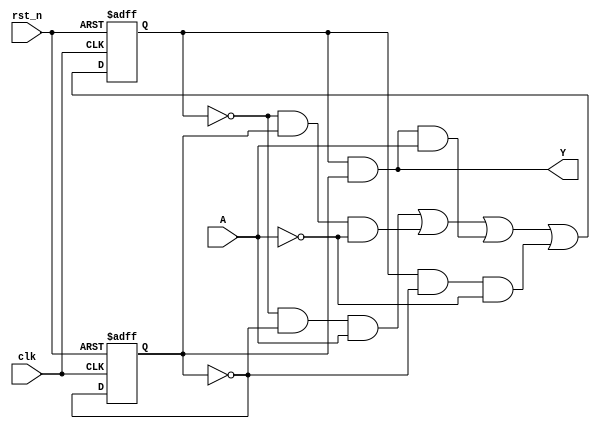
`timescale 1ns / 1ns

module seq_circuit (
    input A,
    input clk,
    input rst_n,

    output wire Y
);
    reg y_reg;
    reg q1, q0;
    always @(posedge clk or negedge rst_n) begin
        if (!rst_n) q1 <= 0;
        else q1 <= (~q1 & ~q0 & A) | (~q1 & q0 & ~A) | (q1 & q0 & A) | (q1 & ~q0 & ~A);
    end
    always @(posedge clk or negedge rst_n) begin
        if (!rst_n) q0 <= 0;
        else q0 <= ~q0;
    end
    assign Y = q1 & q0;
endmodule